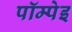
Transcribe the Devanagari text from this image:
पॉम्पेइ